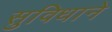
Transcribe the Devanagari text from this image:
सुविधाने